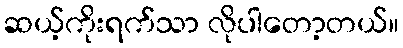
ဆယ့်ကိုးရက်သာ လိုပါတော့တယ်။